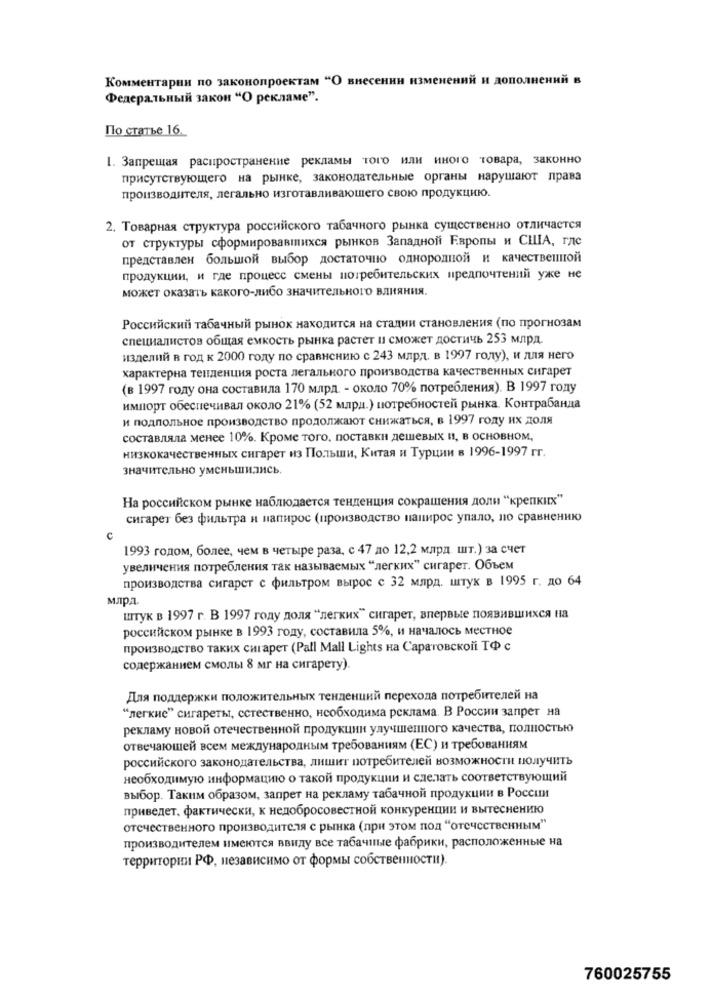
Комментарии по законопроектам "О внесении изменений и дополнений в
Федеральный закон "О рекламе".
По статье 16.
1. Запрещая распространение рекламы того или иного товара, законно
присутствующего на рынке, законодательные органы нарушают права
производителя, легально изготавливающего свою продукцию.
2. Товарная структура российского табачного рынка существенно отличается
от структуры сформировавшихся рынков Западной Европы и США, где
представлен большой выбор достаточно однородной и качественной
продукции, и где процесс смены потребительских предпочтений уже не
может оказать какого-либо значительного влияния.
Российский табачный рынок находится на стадии становления (по прогнозам
специалистов общая емкость рынка растет и сможет достичь 253 млрд.
изделий в год к 2000 году по сравнению с 243 млрд. в 1997 году), и для него
характерна тенденция роста легального производства качественных сигарет
(в 1997 году она составила 170 млрд. - около 70% потребления). В 1997 году
импорт обеспечивал около 21% (52 млрд.) потребностей рынка. Контрабанда
и подпольное производство продолжают снижаться, в 1997 году их доля
составляла менее 10%. Кроме того, поставки дешевых и, в основном,
низкокачественных сигарет из Польши, Китая и Турции в 1996-1997 гг.
значительно уменьшились,
На российском рынке наблюдается тенденция сокращения доли "крепких"
сигарет без фильтра и напирос (производство напирос упало, по сравнению
с
1993 годом, более, чем в четыре раза, с 47 до 12,2 млрд шт.) за счет
увеличения потребления так называемых "легких" сигарет. Объем
производства сигарет с фильтром вырос с 32 млрд. штук в 1995 г. до 64
млрд.
штук в 1997 г. В 1997 году доля "легких" сигарет, впервые появившихся на
российском рынке в 1993 году, составила 5%, и началось местное
производство таких сигарет (Pall Mall Lights на Саратовской ТФ с
содержанием смолы 8 мг на сигарету).
Для поддержки положительных тенденций перехода потребителей на
“легкие” сигареты, сстественно, необходима реклама. В России запрет на
рекламу новой отечественной продукции улучшенного качества, полностью
отвечающей всем международным требованиям (ЕС) и требованиям
российского законодательства, лишит потребителей возможности получить
необходимую информацию о такой продукции и сделать соответствующий
выбор. Таким образом, запрет на рекламу табачной продукции в России
приведет. фактически, к недобросовестной конкуренции и вытеснению
отечественного производителя с рынка (при этом под "отечественным"
производителем имеются ввиду все табачные фабрики, расположенные на
территории РФ, независимо от формы собственности).
760025755